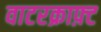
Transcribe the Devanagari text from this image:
वाटरक्राफ़्ट